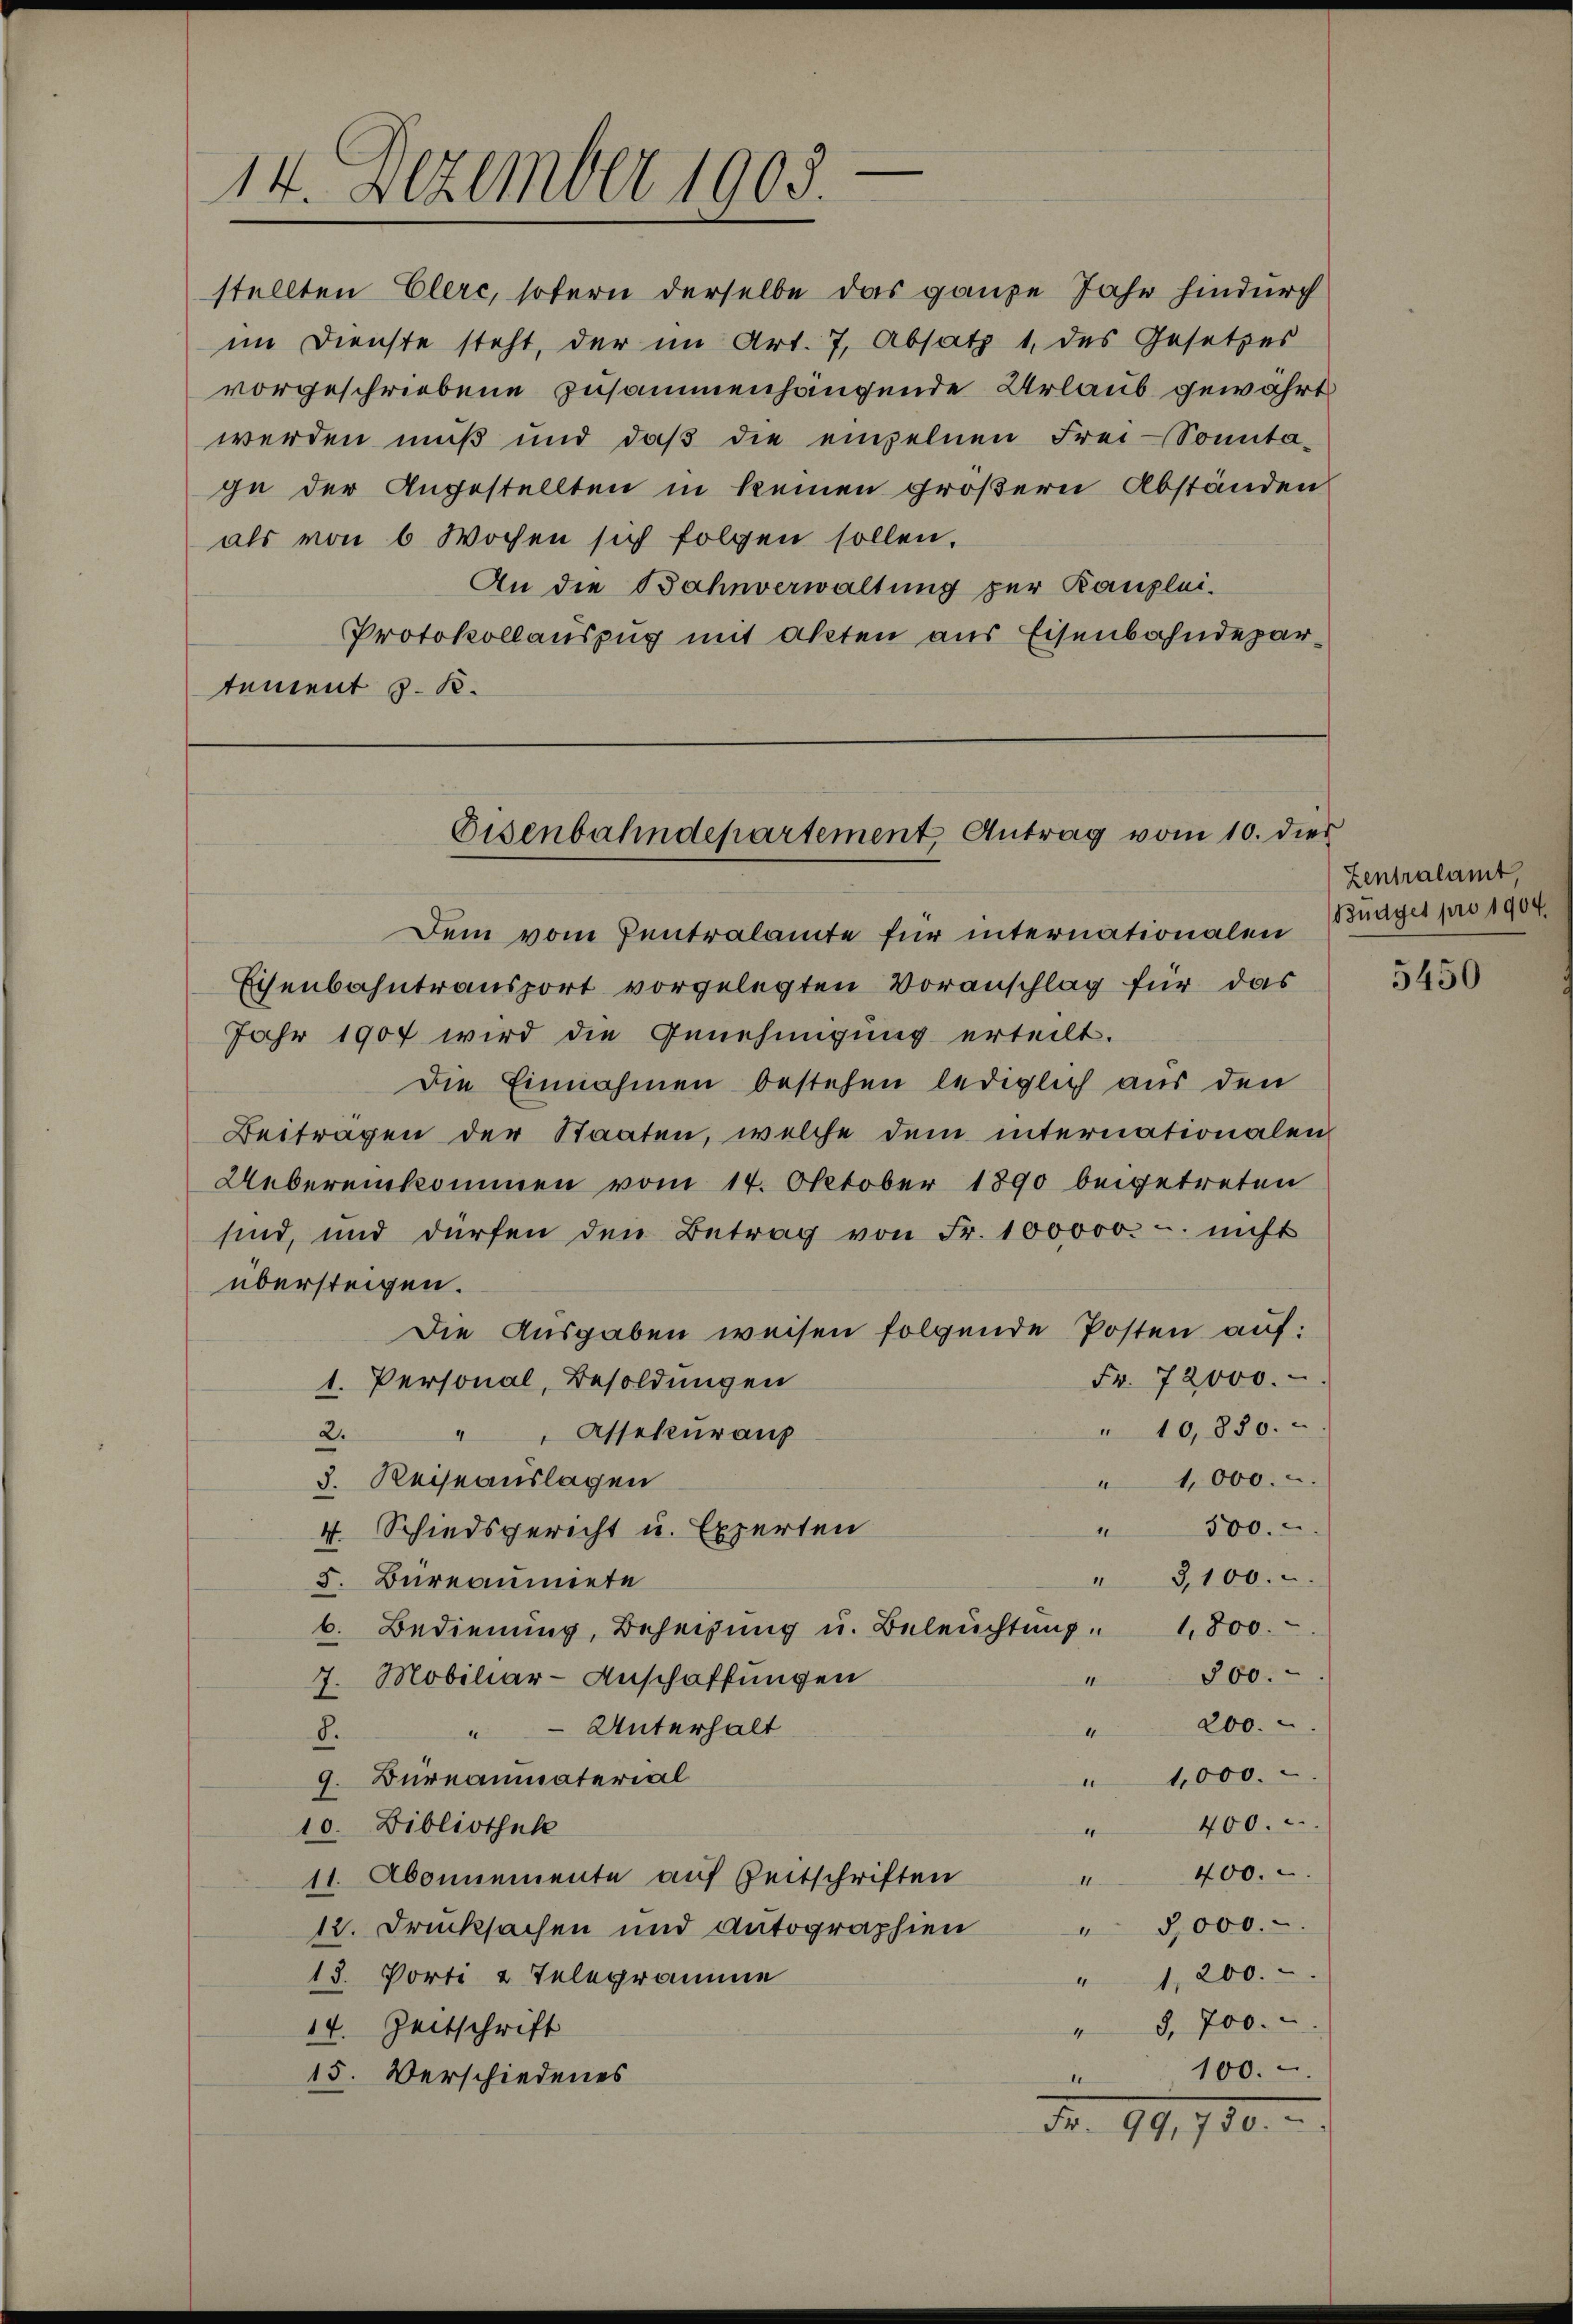
14. Dezember 1908.

stellten Elerc, sofern derselbe das ganze Jahr hindurch
im Dienste steht, der im Art. 7, Absatz 1 des Gesetzes
vorgeschriebene zusammenhängende Urlaub gewährt
werden muß und daβ die einzelnen Frei-Sonnta-
ge der Angestellten in keinen größern Abständen
als von 6 Wochen sich folgen sollen.
An die Bahnverwaltung zur Kanzlei-
Protokollauszug mit akten aus Eisenbahndepartement z. B.

Eisenbahndepartement Antrag vom 10. dies

Dem vom Pentralamte für internationalen
Eisenbahntransport vorgelegten Voranschlag für das
Jahr 1907 wird die Genehmigung erteilt.
Die Einnahmen bestehen lediglich aus den
Beitragen der Staaten, welche dem internationalen
Uebereinkommen vom 14. Oktober 1890 beigetreten
sind, und dürfen den Betrag von Fr. 100000. u. nicht
übersteigen.
Die Ausgaben weisen folgende Posten auf:
Fr. 72000.
1. Personal, Besoldungen
" 10,850.
2. " " Assekuraup
3. Reiseauslagen
1,000.
300.
2
4. Schiedsgericht u. Experten
" 3,100.
5. Bureaumiete
b. Bedienŭng, Beheizŭng u. Beleŭchtŭng. 1800.
800.
7. Mobiliar-Anschaffungen
200.
" Unterhalt
4
8.
1,000.
9. Bureaumaterial
400.
10. Bibliothek
400.
11. Abonnemente auf Zeitschriften
.
3,000.
12. Drucksachen und Autographien
13. Porti & Telegramme
" 1,200.
§. 700.
14. Zeitschrift
4
100.
15. Verschiedenes
b
Nr. 99,700.

Zentralamt,
Budget pro 1904.

5450